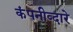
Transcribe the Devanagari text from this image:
कंपनीव्दारे